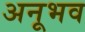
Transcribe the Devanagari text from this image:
अनूभव